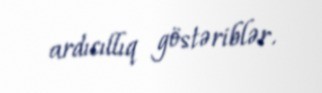
ardıcıllıq göstəriblər.